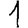
Digit: 1